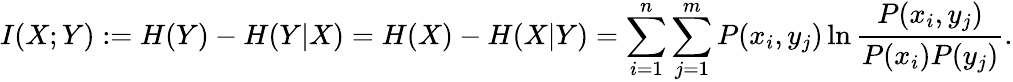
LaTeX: I(X;Y):=H(Y)-H(Y|X)=H(X)-H(X|Y)=\sum_{i=1}^{n}\sum_{j=1}^{m}P(x_{i},y_{j})\ln\frac{P(x_{i},y_{j})}{P(x_{i})P(y_{j})}.